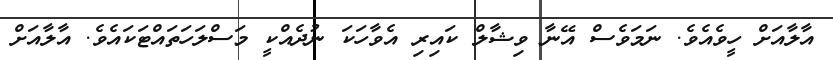
އާލާއަށް ހީވެއެވެ. ނަމަވެސް އޭނާ ވިޝާލް ކައިރި އެވާހަކަ ނުދެއްކީ މަސްލަހަތައްޓަކައެވެ. އާލާއަށް